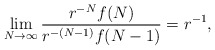
\begin{align*}\lim_{N \to \infty} {r^{-N} f(N) \over r^{-(N-1)} f(N-1)} = r^{-1},\end{align*}